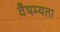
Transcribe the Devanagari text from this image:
वैषम्यता